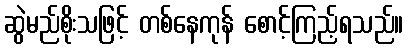
ဆွဲမည်စိုးသဖြင့် တစ်နေကုန် စောင့်ကြည့်ရသည်။